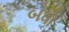
બધો